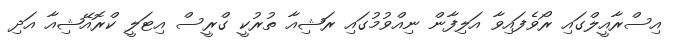
އިސްރާއީލްގައި ރޯވެފައިވާ އަލިފާން ނިއްވުމުގައި ރަޝިއާ ތުރުކީ ގްރީސް އިޓަލީ ކްރޮއޭޝިއާ އަދި